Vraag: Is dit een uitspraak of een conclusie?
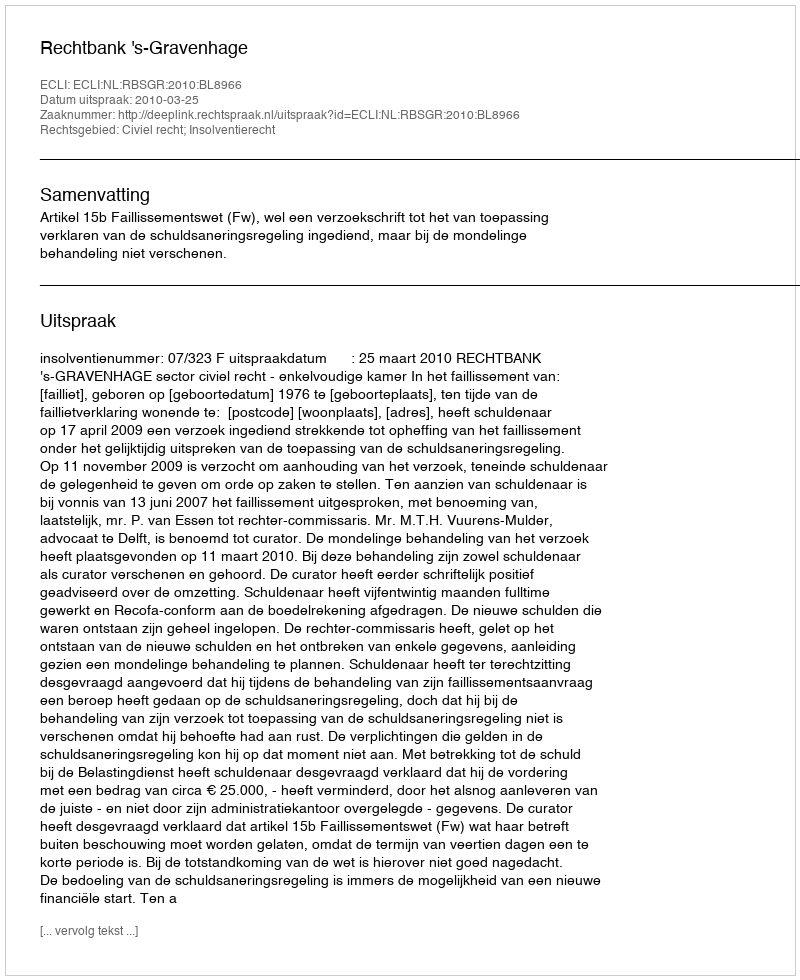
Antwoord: Uitspraak